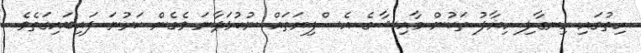
ހިތުގައި ހިނގާލި ހިޔާލު ތަކުން މާއިޝާގެ އެސްފިޔަތައް ނުކުޅަދާނަ ވެގެން ކަރުނަ ފައިބައިގަތެވެ.